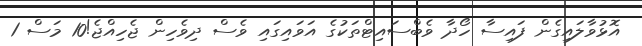
އޮޅުވާލައިގެން ފައިސާ ހޯދާ ވެބްސައިޓްތަކުގެ އަވައިގައި ވެސް ދިވެހިން ޖެހިއްޖެ!10 މަސް 1